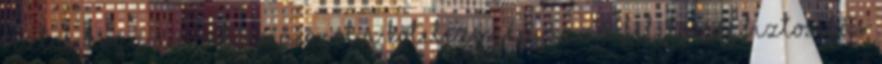
biztos, hogy az online piacot a kötelező gépjármű felelősségbiztosítás